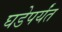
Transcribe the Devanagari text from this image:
घडेपर्यंत